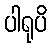
ပါရုပိ